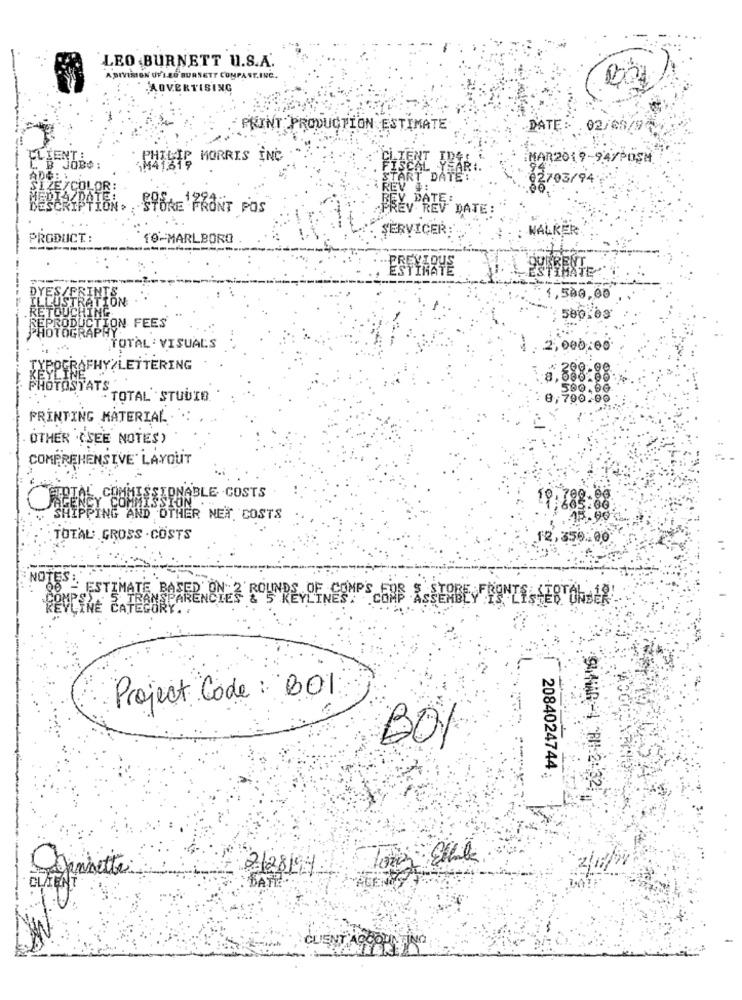
LEO BURNETT U.S.A.
A DIVISION OF LEO BURNETT COMPAST.INC.
ADVERTISING
PRINT PRODUCTION ESTIMATE
DATE: 02/08/94
CLIENT:
PHILIP MORRIS INC
CLIENT JEST
MAR2019-947POSH
L B JOBO:
M41319
SCAL
ART DATE:
é2703/94
SÍZEZCO
REV
BEY, DATE:
STORE FRONT POS
PREV REV DATE:
SERVICER:'
WALKER
PRODUCT:
10-MARLBORO
DYES/PRINTS
ILLUSTRATION
1,500,00
RETOUCHING
EPRODUCTION FEES
500.09
PHOTOGRAPHY
TOTAL : VISUALS
2,000:00
TXEPGRAFHY/LETTERING
* 200.00
KEYL
SPINE
8,000.00.
PHOTOSTATS
590.90.
- TOTAL STUDIO
8,790.00
PRINTING MATERIAL
OTHER (SEE NOTES)
COMPREHENSIVE" LAYOUT
TOL COMMISSIONABLE . COSTS
19. 708.00
Y COMMIS
1,605.06
HIPPING AND OTHER NET COSTS
TOTAL GROSS . COSTS
12,350.00
NOTES :
08 - ESTIMATE BAS
REVLINE S TRANSPARENCIES & S KEYLINES:
INDS OF COMP'S FOR
ASSERBEYERONZE SERTONEER
CATEGORY ..
Project Code : 001
BOI
:-:
2084024744 :
SANAR-4 BH:2:32
CLIENT
DATI
CLIENT'ACCOUNTING